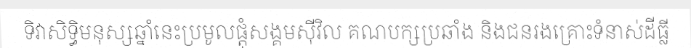
ទិវាសិទ្ធិមនុស្សឆ្នាំនេះប្រមូលផ្តុំសង្គមស៊ីវិល គណបក្សប្រឆាំង និងជនរងគ្រោះទំនាស់ដីធ្លី